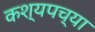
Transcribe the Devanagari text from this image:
कश्यपच्या